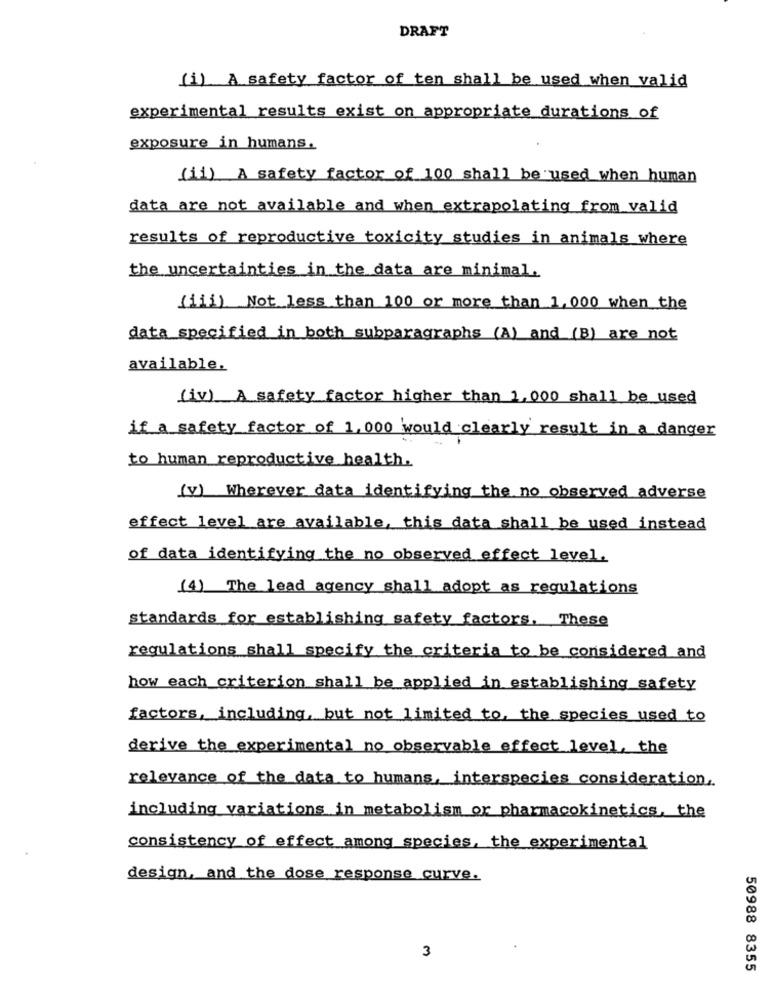
DRAFT
(i) A safety factor of ten shall be used when valid
experimental results exist on appropriate durations of
exposure in humans.
(11) A safety factor of 100 shall be used when human
data are not available and when extrapolating from valid
results of reproductive toxicity studies in animals where
the uncertainties in the data are minimal.
(iii) Not less than 100 or more than 1, 000 when the
data specified in both subparagraphs (A) and (B) are not
available.
(iv) A safety factor higher than 1,000 shall be used
if a safety factor of 1,000 would clearly result in a danger
to human reproductive health.
(v) Wherever data identifying the no observed adverse
effect level are available, this data shall be used instead
of data identifying the no observed effect level.
(4) The lead agency shall adopt as regulations
standards for establishing safety factors. These
regulations shall specify the criteria to be considered and
how each criterion shall be applied in establishing safety
factors, including, but not limited to, the species used to
derive the experimental no observable effect level, the
relevance of the data to humans, interspecies consideration.
including variations in metabolism or pharmacokinetics, the
consistency of effect among species, the experimental
design, and the dose response curve.
3
50988 8355